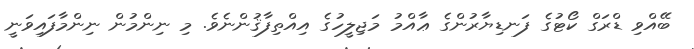
ބޭއްވި ޑްރަގް ކޯޓުގެ ފަނޑިޔާރުންގެ ޢާއްމު މަޖިލީހުގެ އިއްތިފާޤުންނެވެ. މި ނިންމުން ނިންމާފައިވަނީ